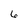
Character: 6